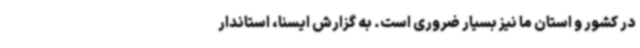
در کشور و استان ما نیز بسیار ضروری است. به گزارش ایسنا، استاندار